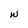
Character: W